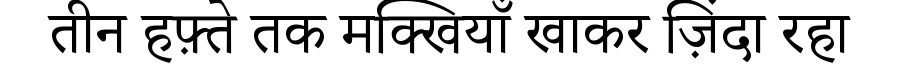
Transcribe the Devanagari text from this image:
तीन हफ़्ते तक मक्खियाँ खाकर ज़िंदा रहा